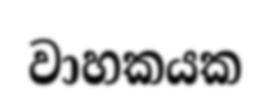
වාහකයක